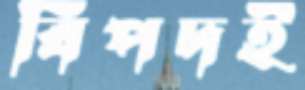
বিপদই